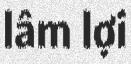
lâm lợi